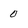
Character: 0